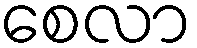
စေလာ